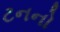
ટનનો